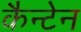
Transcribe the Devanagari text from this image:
कैन्टेन